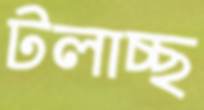
টলাচ্ছ